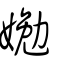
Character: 㛯